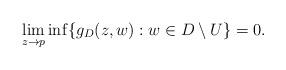
LaTeX: \begin{align*}\lim_{z\to p}\inf\{g_D(z,w):w\in D\setminus U\}=0.\end{align*}